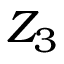
Z _ { 3 }